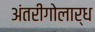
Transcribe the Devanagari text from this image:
अंतरीगोलार्ध